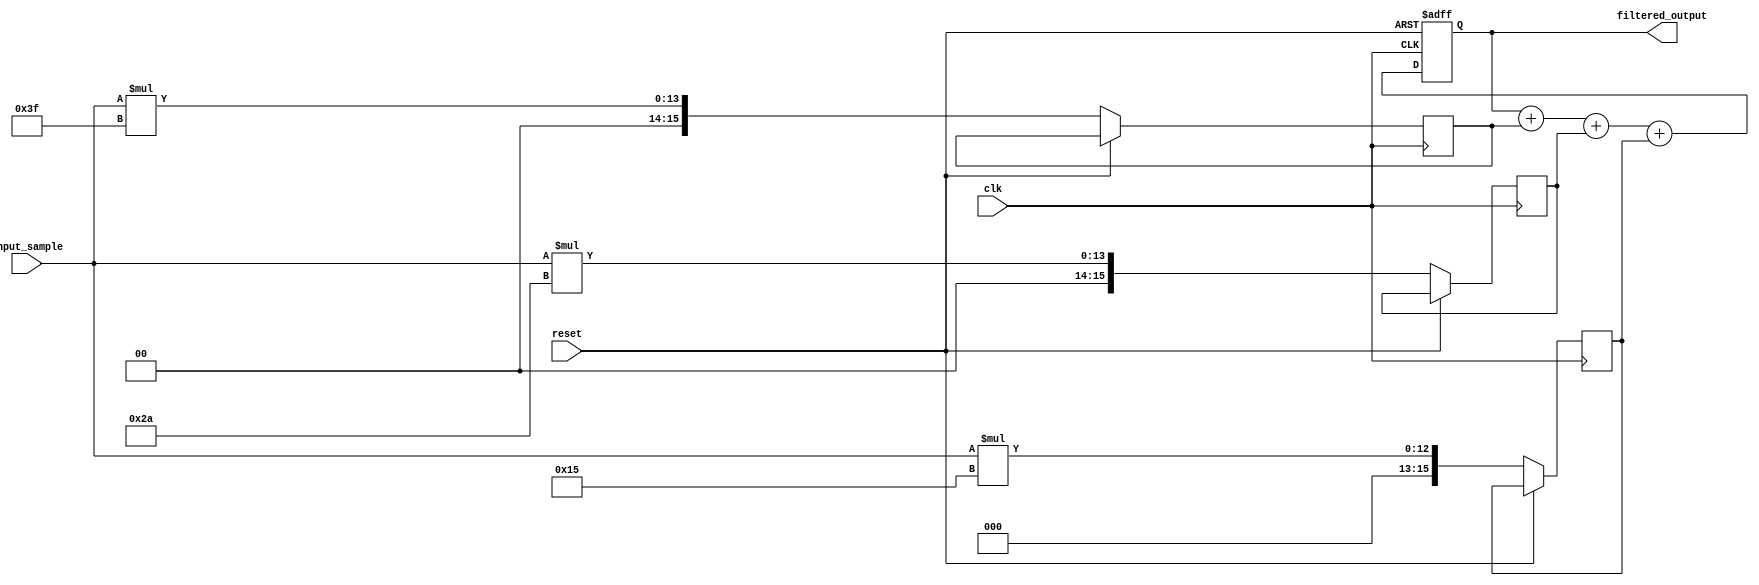
module fir_filter_accumulator (
    input wire clk,
    input wire reset,
    input wire [7:0] input_sample,
    output reg [15:0] filtered_output
);

// Define filter coefficients
parameter [7:0] coefficient_1 = 8'h3F; // Example coefficient values
parameter [7:0] coefficient_2 = 8'h2A;
parameter [7:0] coefficient_3 = 8'h15;

// Declare registers for accumulator and intermediate results
reg [15:0] accumulator;
reg [15:0] result_1;
reg [15:0] result_2;
reg [15:0] result_3;

always @(posedge clk or posedge reset) begin
    if (reset) begin
        accumulator <= 16'b0;
    end else begin
        // Perform multiplication and accumulation for each coefficient
        result_1 <= input_sample * coefficient_1;
        result_2 <= input_sample * coefficient_2;
        result_3 <= input_sample * coefficient_3;
        
        // Accumulate the results
        accumulator <= accumulator + result_1 + result_2 + result_3;
    end
end

// Assign filtered output
always @(*) begin
    filtered_output = accumulator;
end

endmodule